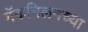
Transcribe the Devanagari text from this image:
मॅकमिलनच्या